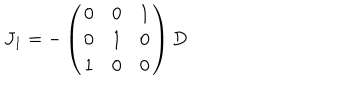
J _ { 1 } = - \left( \begin{array} { c c c } { { 0 } } & { { 0 } } & { { 1 } } \\ { { 0 } } & { { 1 } } & { { 0 } } \\ { { 1 } } & { { 0 } } & { { 0 } } \\ \end{array} \right) D